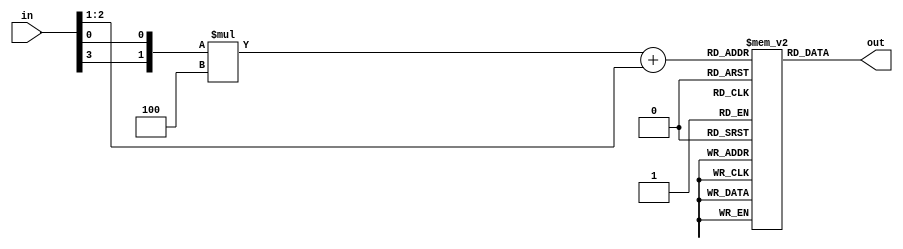
module s0(
input wire [0:3] in,
output wire [1:0] out
);

//=======================================================
//  REG/WIRE declarations
//=======================================================
wire [1:0] row;
wire [1:0] column;

reg [1:0] box [0:3][0:3];

//=======================================================
//  Structural coding
//=======================================================
assign row = {in[0], in[3]};
assign column = {in[1], in[2]};

initial begin
 box[0][0] = 2'h1;
 box[0][1] = 2'h0;
 box[0][2] = 2'h3;
 box[0][3] = 2'h2;
 box[1][0] = 2'h3;
 box[1][1] = 2'h2;
 box[1][2] = 2'h1;
 box[1][3] = 2'h0;
 box[2][0] = 2'h0;
 box[2][1] = 2'h2;
 box[2][2] = 2'h1;
 box[2][3] = 2'h3;
 box[3][0] = 2'h3;
 box[3][1] = 2'h1;
 box[3][2] = 2'h3;
 box[3][3] = 2'h2;
end

//assign out = {row[1:0], column[1:0]};
assign out = box[row][column];

endmodule